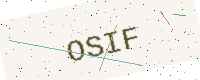
Text: OSIF